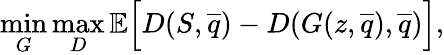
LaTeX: \operatorname*{min}_{G}\operatorname*{max}_{D}\mathbb{E}\Big[D(S,\overline{{q}})-D(G(z,\overline{{q}}),\overline{{q}})\Big],